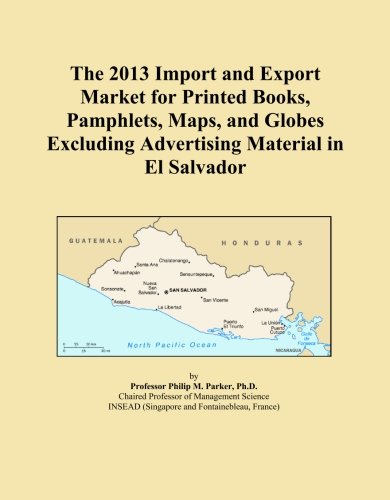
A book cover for The 2013 Import and Export Market for Printed Books, Pamphlets, Maps, and Globes Excluding Advertising Material in El Salvador; Icon Group International; Travel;